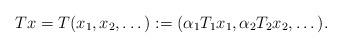
LaTeX: \begin{align*} Tx=T(x_1,x_2,\dots):=(\alpha_1T_1x_1,\alpha_2T_2x_2,\dots).\end{align*}